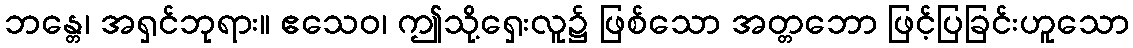
ဘန္တေ၊ အရှင်ဘုရား။ ဧသေဝ၊ ဤသို့ရှေးလူ၌ ဖြစ်သော အတ္တဘော ဖြင့်ပြခြင်းဟူသော